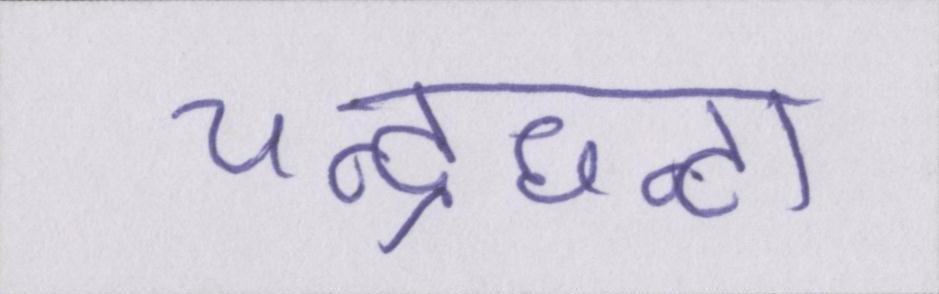
चन्द्रघन्टा